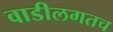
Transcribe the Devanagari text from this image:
वाडीलगतच